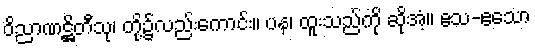
ဝိညာဏဋ္ဌိတီသု၊ တို့၌လည်းကောင်း။ ပန၊ ထူးသည်ကို ဆိုအံ့။ ဧသ-ဧသော